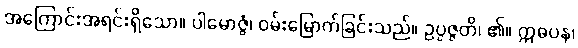
အကြောင်းအရင်းရှိသော။ ပါမောဇ္ဇံ၊ ဝမ်းမြောက်ခြင်းသည်။ ဥပ္ပဇ္ဇတိ၊ ၏။ ဣဓပန၊